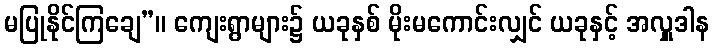
မပြုနိုင်ကြချေ”။ ကျေးရွာများ၌ ယခုနှစ် မိုးမကောင်းလျှင် ယခုနှင့် အလှူဒါန